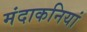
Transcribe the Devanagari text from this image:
मंदाकनियां